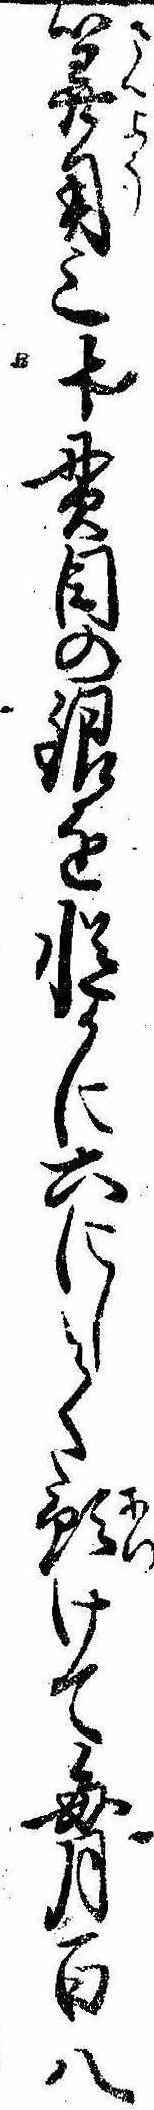
算用三十貫目の銀を慥かに六にして預けて毎月百八